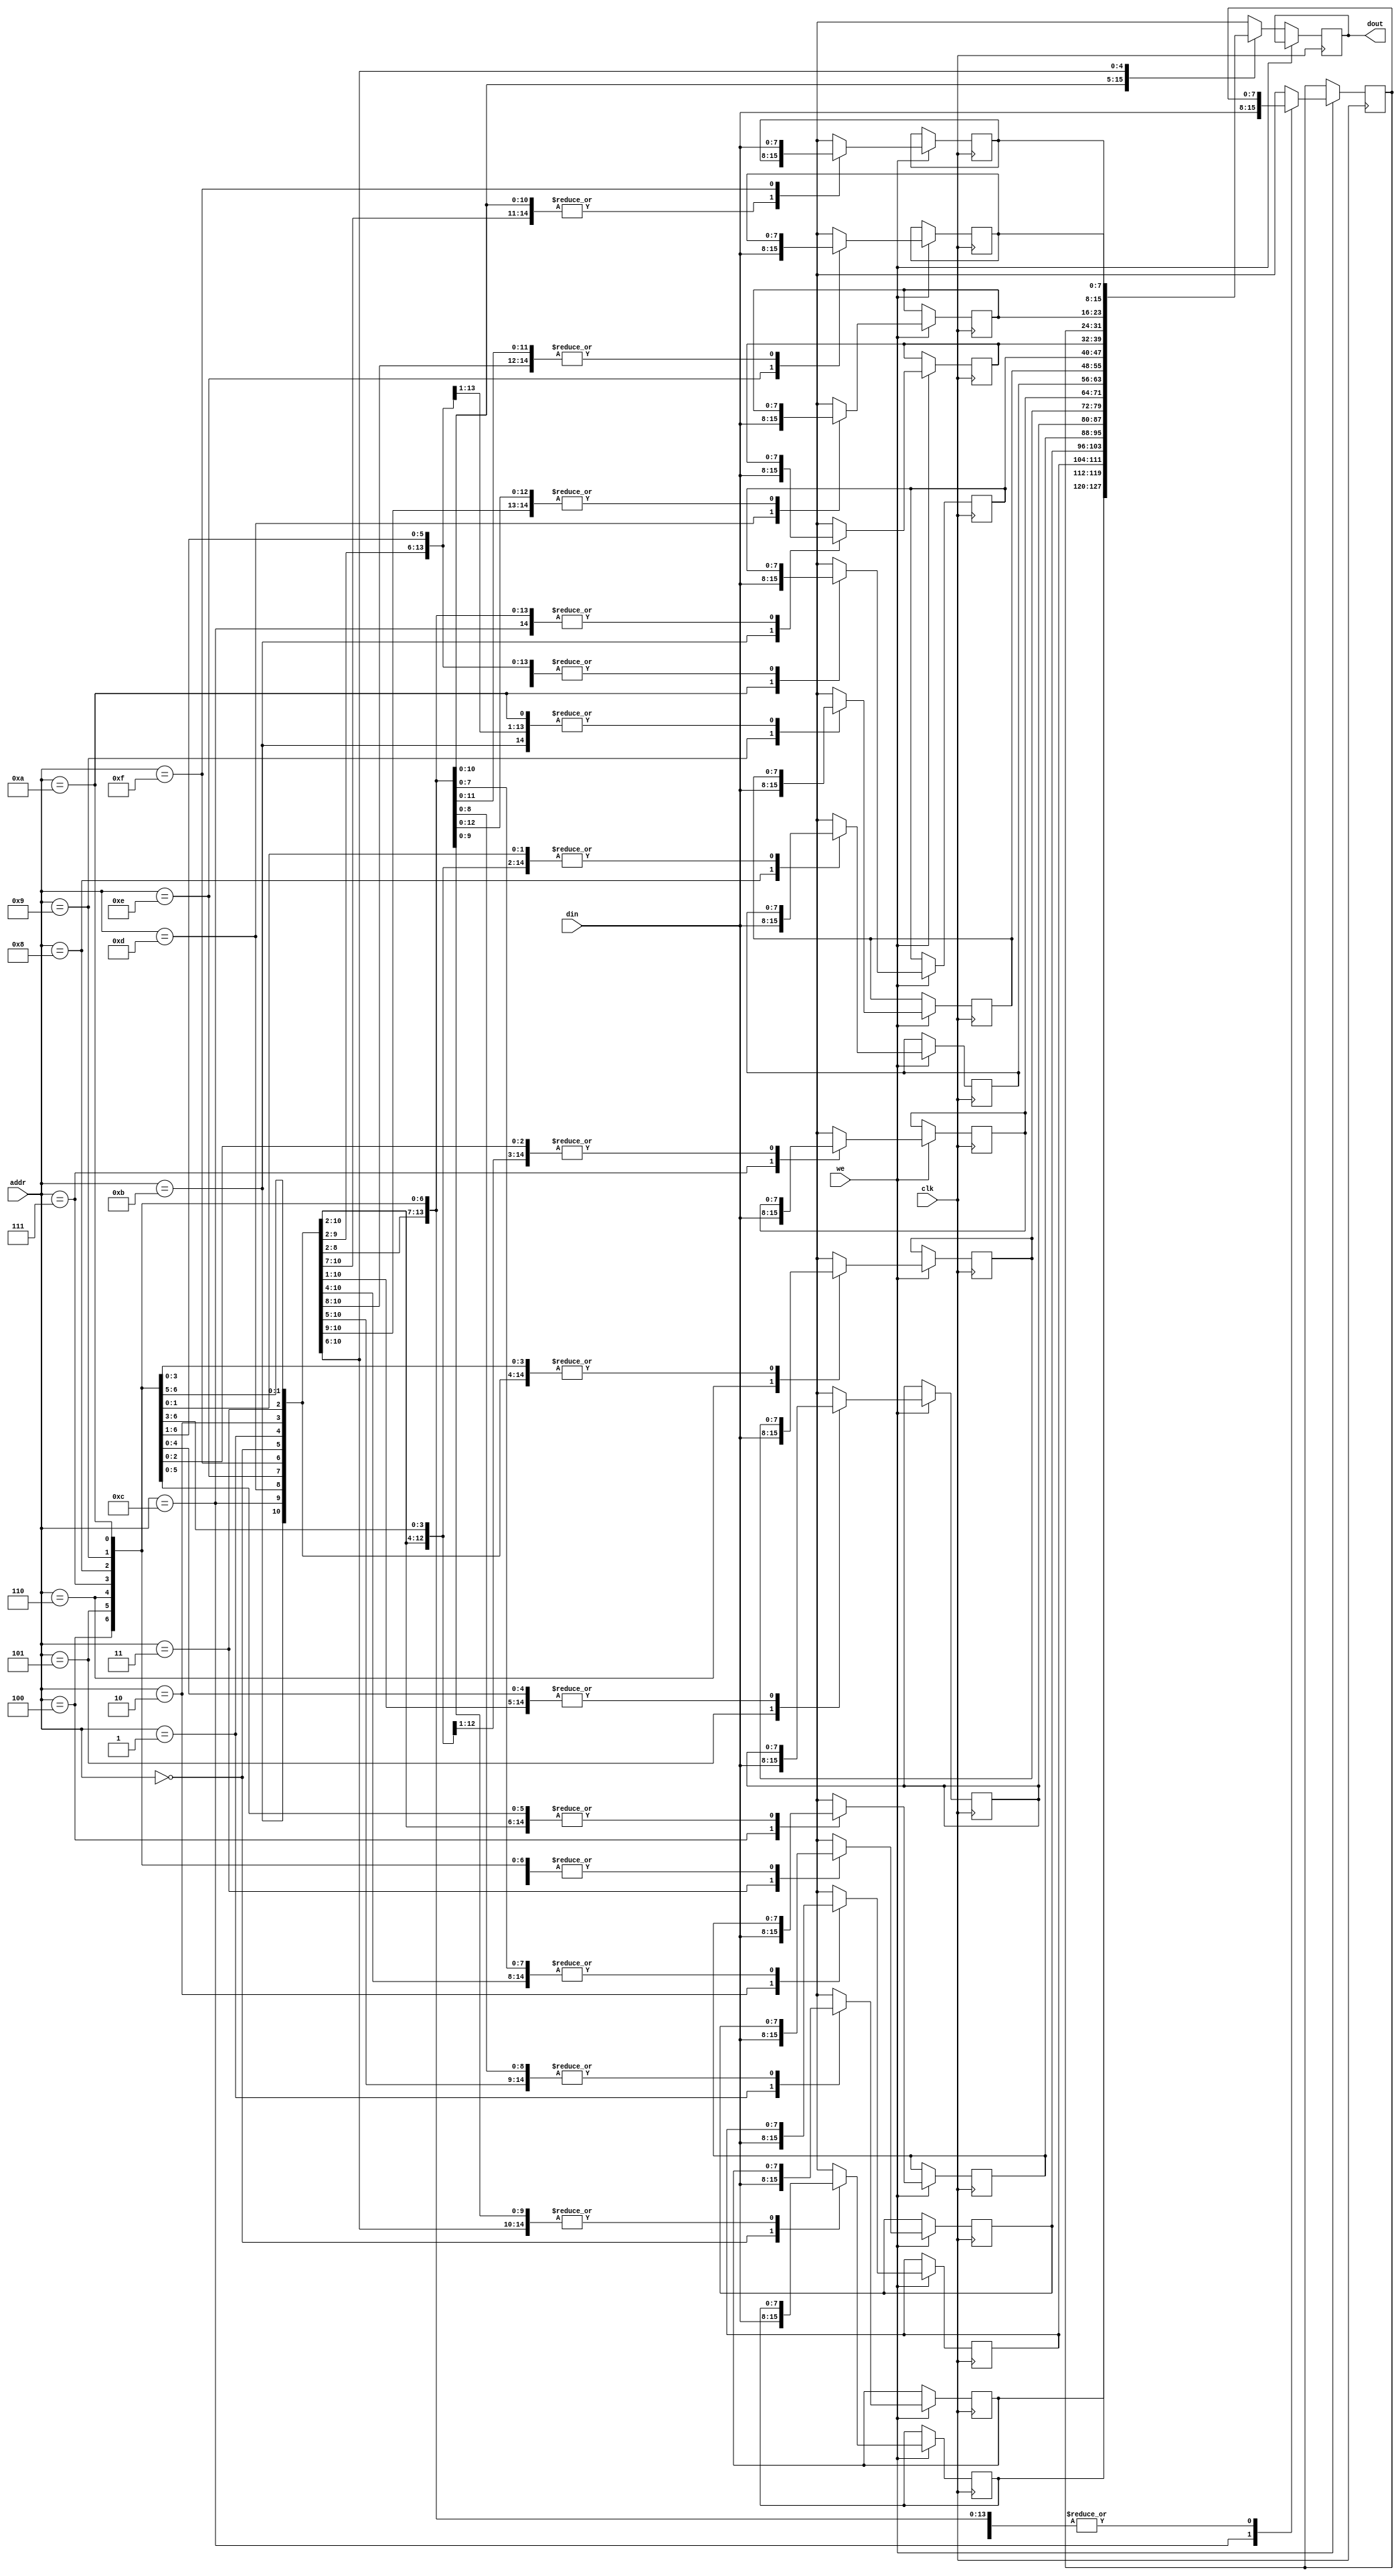
`timescale 1ns / 1ps
//////////////////////////////////////////////////////////////////////////////////
// Company: 
// Engineer: 
// 
// Design Name: 
// Module Name:    rwmem 
// Project Name: 
// Target Devices: 
// Tool versions: 
// Description: 
//
// Dependencies: 
//
// Revision: 
// Revision 0.01 - File Created
// Additional Comments: 
//
//////////////////////////////////////////////////////////////////////////////////
module rwmem(
    output reg[7:0]dout,
    input [3:0]addr,
    input [7:0]din,
    input we,
    input clk
    );
reg [7:0]mem[0:15];
always @(posedge clk)
begin
if(we)
mem[addr] = din;
else
dout = mem[addr];
end
endmodule